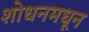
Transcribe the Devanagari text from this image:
शोधनमधून